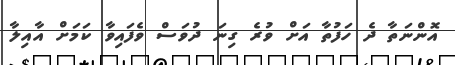
އޮންނަތާ ދެ ހަފުތާ އަށް ވުރެ ގިނަ ދުވަސް ވެފައިވާ ކަމަށް އާއިލާ